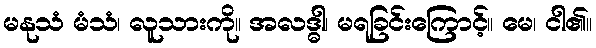
မနုသံ မံသံ၊ လူသားကို။ အလဒ္ဓါ၊ မရခြင်းကြောင့်။ မေ၊ ငါ၏။